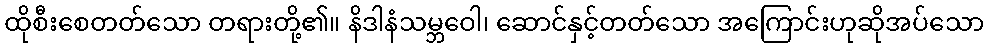
ထိုစီးစေတတ်သော တရားတို့၏။ နိဒါနံသမ္ဘဝေါ၊ ဆောင်နှင့်တတ်သော အကြောင်းဟုဆိုအပ်သော